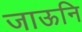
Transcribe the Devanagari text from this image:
जाऊनि